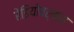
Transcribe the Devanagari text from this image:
रेडियोवर्क्स